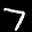
Label: 7